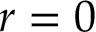
r = 0